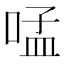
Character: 𠵼